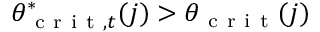
\theta _ { \mathrm { ~ c ~ r ~ i ~ t ~ } , t } ^ { * } ( j ) > \theta _ { \mathrm { ~ c ~ r ~ i ~ t ~ } } ( j )